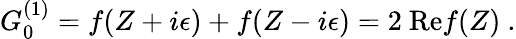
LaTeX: G_{0}^{(1)}=f(Z+i\epsilon)+f(Z-i\epsilon)=2~\mathrm{Re}f(Z)~.